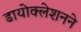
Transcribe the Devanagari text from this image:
डायोक्लेशनने